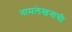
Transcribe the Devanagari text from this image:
नामलेखनाची